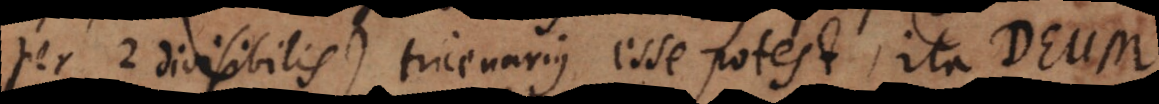
per 2 divisibilis) tricenarius esse pot, ita Deum